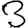
Digit: 3